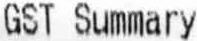
GST SUMMARY